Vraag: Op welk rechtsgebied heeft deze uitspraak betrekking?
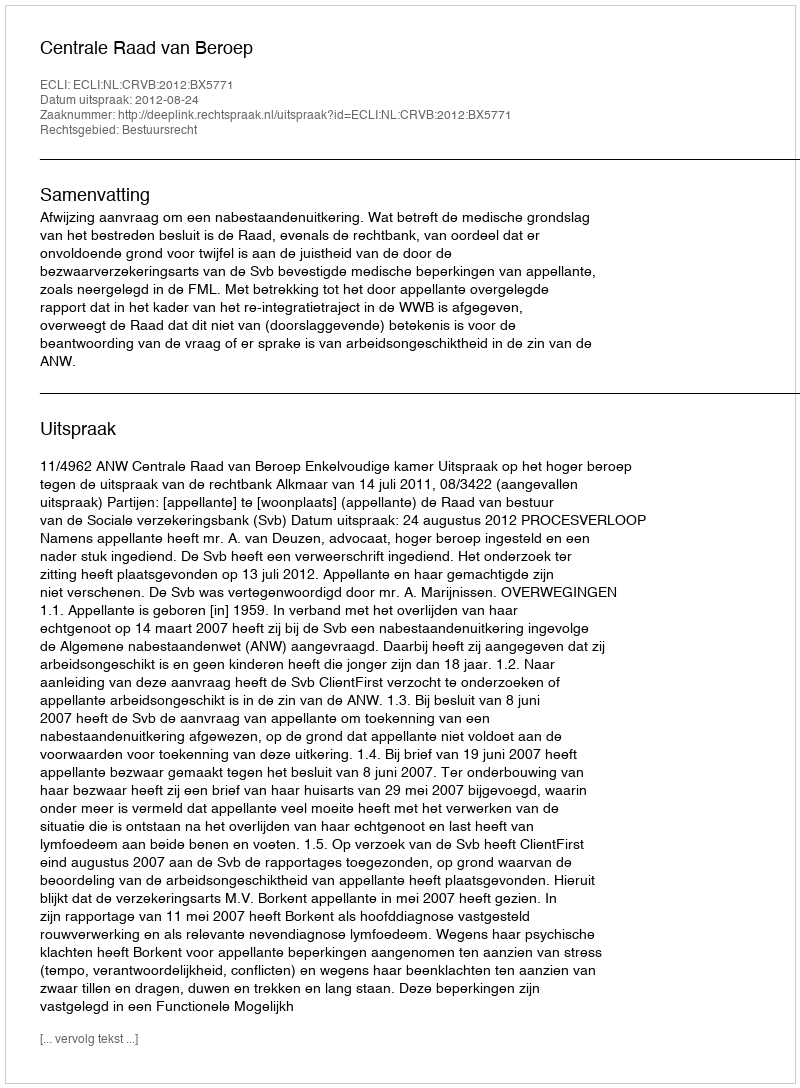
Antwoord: Bestuursrecht